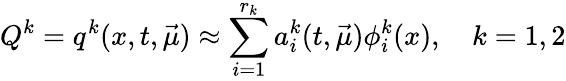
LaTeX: Q^{k}=q^{k}(x,t,\vec{\mu})\approx\sum_{i=1}^{r_{k}}a_{i}^{k}(t,\vec{\mu})\phi_{i}^{k}(x),\quad k=1,2